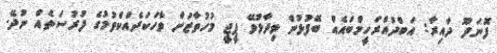
ފޮނަދޫ ދާއިރާ: އަބްދުއްރަހީމްބައެއް ބޭފުޅުން ވިދާޅުވޭ ޕީޖީ މުހުތާޒަށް ވާހަކަދެއްކެވުމުގެ ފުރުސަތެއް ނުދޭ.